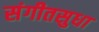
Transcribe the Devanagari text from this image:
संगीतसुधा